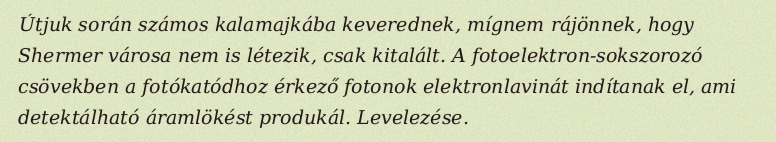
Útjuk során számos kalamajkába keverednek, mígnem rájönnek, hogy Shermer városa nem is létezik, csak kitalált. A fotoelektron-sokszorozó csövekben a fotókatódhoz érkező fotonok elektronlavinát indítanak el, ami detektálható áramlökést produkál. Levelezése.